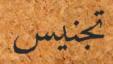
تجنيس